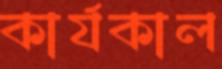
কার্যকাল